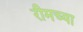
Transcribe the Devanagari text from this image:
रीमच्या